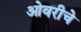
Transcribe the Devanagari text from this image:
ओवरीचे